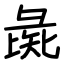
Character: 彘